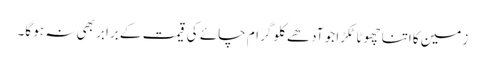
زمین کااتنا چھوٹا ٹکڑا جو آدھے کلو گرام چائے کی قیمت کے برابر بھی نہ ہو گا۔